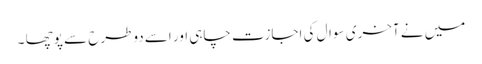
میں نے آخری سوال کی اجازت چاہی اور اسے دوطرح سے پوچھا ۔